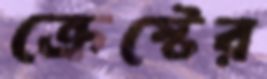
ক্রেস্টের